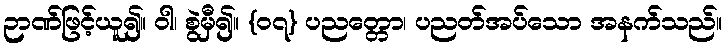
ဉာဏ်ဖြင့်ယူ၍။ ဝါ၊ စွဲမှီ၍။ {၀၇} ပညတ္တော၊ ပညတ်အပ်သော အနက်သည်။